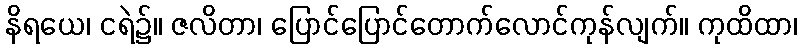
နိရယေ၊ ငရဲ၌။ ဇလိတာ၊ ပြောင်ပြောင်တောက်လောင်ကုန်လျက်။ ကုထိထာ၊